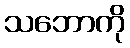
သဘောကို